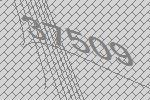
37509